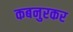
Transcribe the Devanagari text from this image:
कबनुरकर